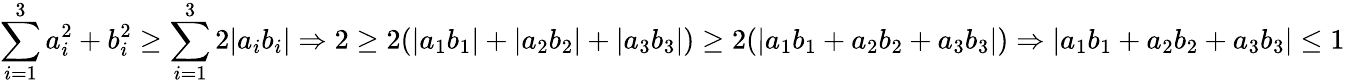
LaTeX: \sum_{i=1}^{3}a_{i}^{2}+b_{i}^{2}\geq\sum_{i=1}^{3}2|a_{i}b_{i}|\Rightarrow 2\geq 2(|a_{1}b_{1}|+|a_{2}b_{2}|+|a_{3}b_{3}|)\geq 2(|a_{1}b_{1}+a_{2}b_{2}+a_{3}b_{3}|)\Rightarrow|a_{1}b_{1}+a_{2}b_{2}+a_{3}b_{3}|\leq 1